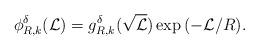
LaTeX: \begin{align*}\phi_{R,k}^{\delta}(\mathcal{L})=g_{R,k}^{\delta}(\sqrt{\mathcal{L}})\exp{\left(-\mathcal{L}/R\right)}.\end{align*}